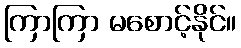
ကြာကြာ မစောင့်နိုင်။